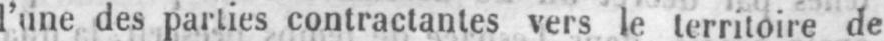
l’une des parties contractantes vers le territoire de